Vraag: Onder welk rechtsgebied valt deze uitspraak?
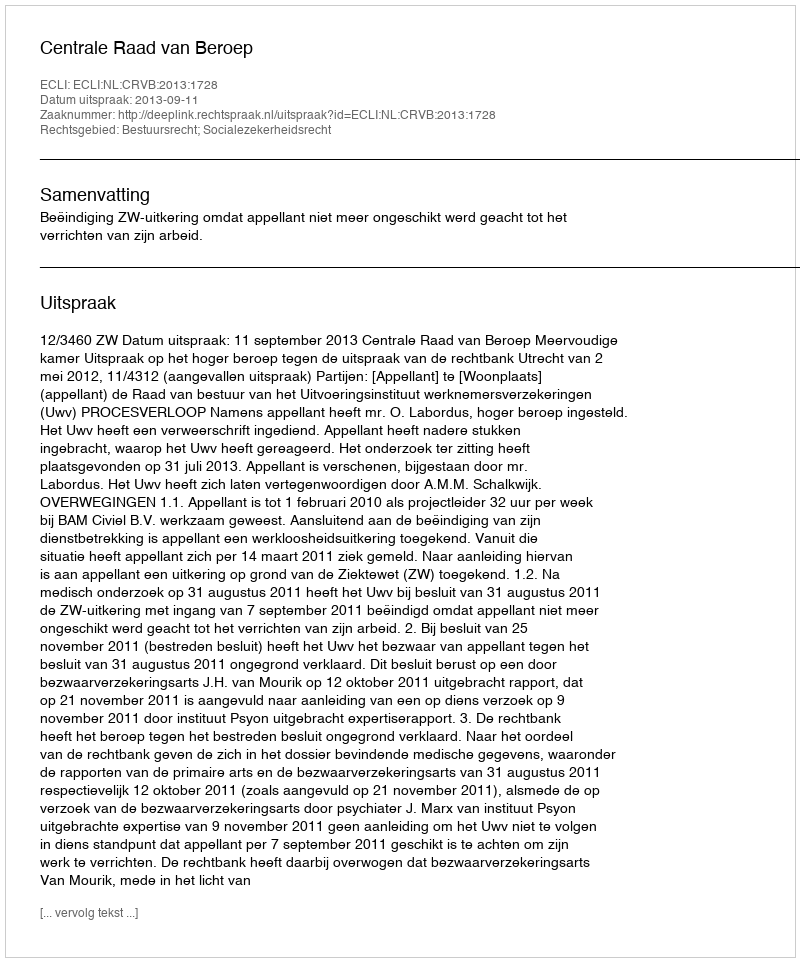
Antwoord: Bestuursrecht; Socialezekerheidsrecht